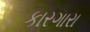
કારગારા